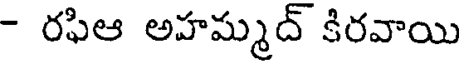
- రఫిఆ అహమ్మద్ కిరవాయి